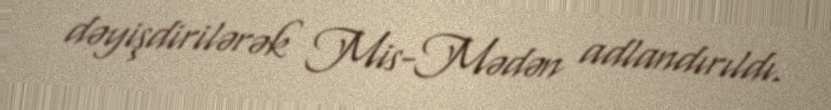
dəyişdirilərək Mis-Mədən adlandırıldı.